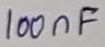
Text: 100nF